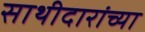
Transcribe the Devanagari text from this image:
साथीदारांच्या